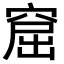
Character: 窟